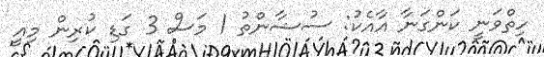
ހިތްވަނީ ކަންގަނާ އާއެކު: ސުޝާންތު 1 މަސް 3 ގަޑި ކުރިން މިއީ